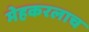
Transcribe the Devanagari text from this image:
मेहकरलाच